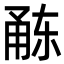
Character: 𭺻